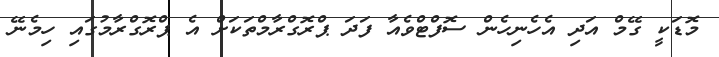
މޮޑަކީ ގޭމް އަދި އެހެނިހެން ސޮފްޓްވެއާ ފަދަ ޕްރޮގްރާމްތަކަށް އެ ޕްރޮގްރާމުގައި ހިމެނޭ